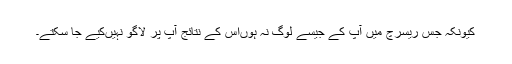
کیونکہ جس ریسرچ میں‌ آپ کے جیسے لوگ نہ ہوں‌اس کے نتائج آپ پر لاگو نہیں‌کیے جا سکتے۔